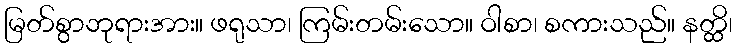
မြတ်စွာဘုရားအား။ ဖရုသာ၊ ကြမ်းတမ်းသော။ ဝါစာ၊ စကားသည်။ နတ္ထိ၊